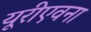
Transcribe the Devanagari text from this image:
यूरीएवना